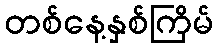
တစ်နေ့နှစ်ကြိမ်